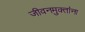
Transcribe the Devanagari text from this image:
जीवनमुक्तांना